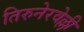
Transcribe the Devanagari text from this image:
तिरुनेरवेल्ली